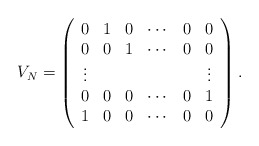
\begin{align*}V_N =\left(\begin{array}{cccccc} 0 & 1 & 0 & \cdots & 0 & 0 \\0 & 0 & 1 & \cdots & 0 & 0 \\\vdots & & & & & \vdots \\0 & 0 & 0 & \cdots & 0 & 1 \\1 & 0 & 0 & \cdots & 0 & 0\end{array}\right).\end{align*}